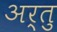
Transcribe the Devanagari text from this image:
अर्तु